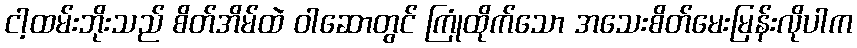
ငါ့ထမ်းဘိုးသည် စိတ်အိမ်ထဲ ဝါဆောတွင် ကြုံထိုက်သော အသေးစိတ်မေးမြန်းလိုပါက